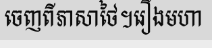
ចេញពីភាសាថៃ។រឿងមហា